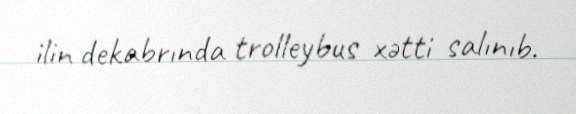
ilin dekabrında trolleybus xətti salınıb.